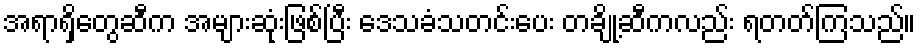
အရာရှိတွေဆီက အများဆုံးဖြစ်ပြီး ဒေသခံသတင်းပေး တချို့ဆီကလည်း ရတတ်ကြသည်။